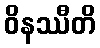
ဝိနဿီတိ